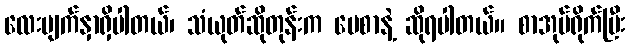
လေးမျက်နှာရှိပါတယ်၊ သံယုတ်ဆိုတုန်းက ပေစာနဲ့ ဆိုရပါတယ်။ စာအုပ်ရိုက်ပြီး